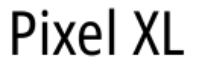
Pixel XL